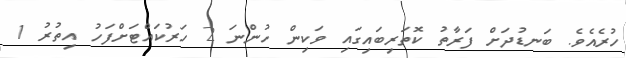
ހުރެއެވެ. ބަނޑުދަށް ފަރާތު ކޮތަރިބައިގައި ވަކިން ހުންނަ 2 ހަރުކައްޓަށްފަހު އިތުރު 1